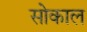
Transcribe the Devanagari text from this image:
सोकाल